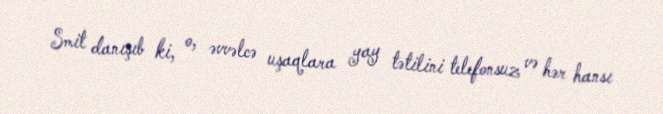
Smit danışıb ki, o, əvvəlcə uşaqlara yay tətilini telefonsuz və hər hansı